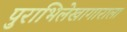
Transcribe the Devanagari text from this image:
पुराभिलेखागाराला